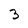
Character: 3